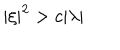
\left| \xi \right| ^ { 2 } > c | \lambda |